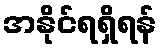
အနိုင်ရရှိရန်